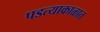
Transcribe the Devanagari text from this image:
पडत्याकाळात